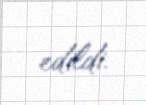
edildi.